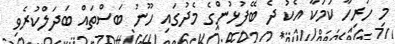
މި ހުރިހާ ކަމަކާ އެކު ދެ ބޭފުޅުންގެ މެދުގައި ހޫނު ބަސްތައް ބަދަލްކުރެވި